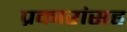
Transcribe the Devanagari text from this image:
प्रकारांसह